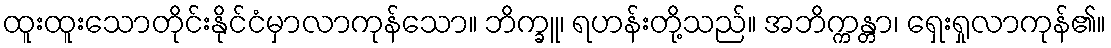
ထူးထူးသောတိုင်းနိုင်ငံမှာလာကုန်သော။ ဘိက္ခူ၊ ရဟန်းတို့သည်။ အဘိက္ကန္တာ၊ ရှေးရှုလာကုန်၏။